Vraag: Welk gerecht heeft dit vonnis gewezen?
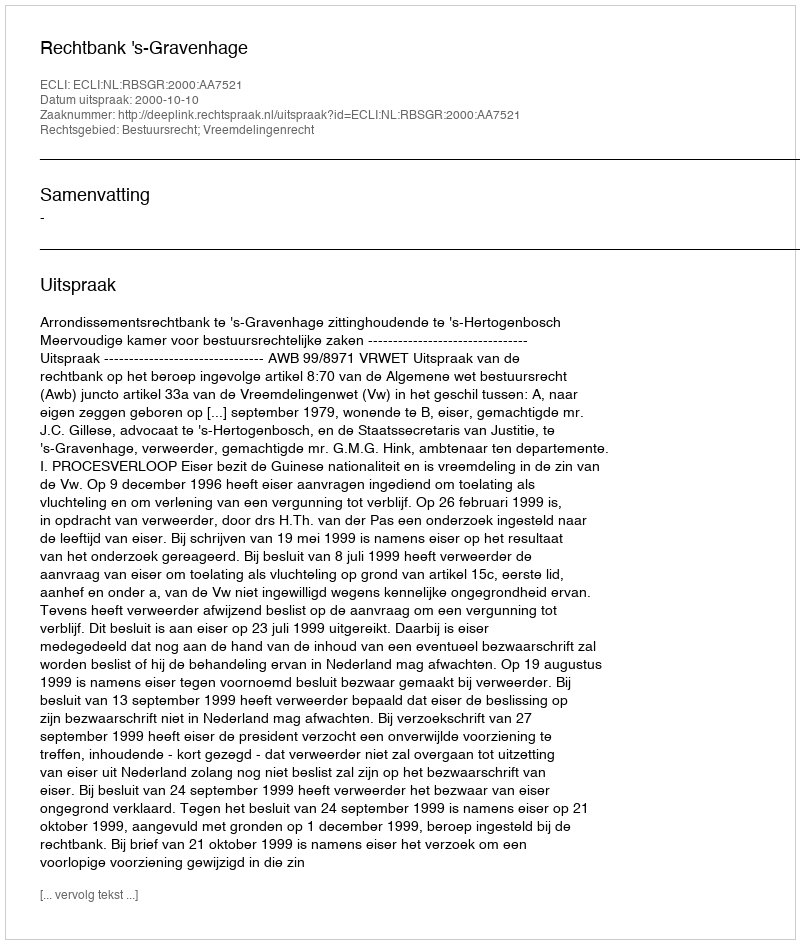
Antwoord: Rechtbank 's-Gravenhage